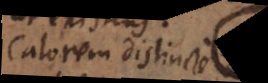
Calorem distincte